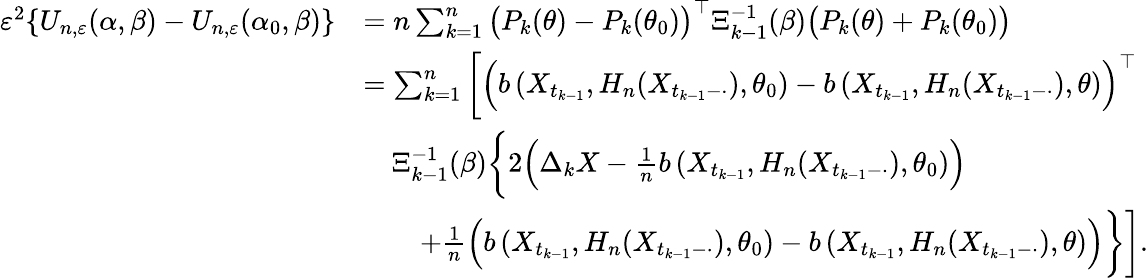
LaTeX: \begin{array}{rl}{\varepsilon^{2}\{ U_{n,\varepsilon}(\alpha,\beta)-U_{n,\varepsilon}(\alpha_{0},\beta)\} }&{=n\sum_{k=1}^{n}\big(P_{k}(\theta)-P_{k}(\theta_{0})\big)^{\top}\Xi_{k-1}^{-1}(\beta)\big(P_{k}(\theta)+P_{k}(\theta_{0})\big)}\\ &{=\sum_{k=1}^{n}\bigg[\Big(b\left(X_{t_{k-1}},H_{n}(X_{t_{k-1}-\cdot}),\theta_{0}\right)-b\left(X_{t_{k-1}},H_{n}(X_{t_{k-1}-\cdot}),\theta\right)\Big)^{\top}}\\ &{\quad\Xi_{k-1}^{-1}(\beta)\bigg\{ 2\Big(\Delta_{k}X-\frac{1}{n}b\left(X_{t_{k-1}},H_{n}(X_{t_{k-1}-\cdot}),\theta_{0}\right)\Big)}\\ &{\qquad+\frac{1}{n}\Big(b\left(X_{t_{k-1}},H_{n}(X_{t_{k-1}-\cdot}),\theta_{0}\right)-b\left(X_{t_{k-1}},H_{n}(X_{t_{k-1}-\cdot}),\theta\right)\Big)\bigg\} \bigg].}\end{array}